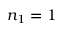
n _ { 1 } = 1